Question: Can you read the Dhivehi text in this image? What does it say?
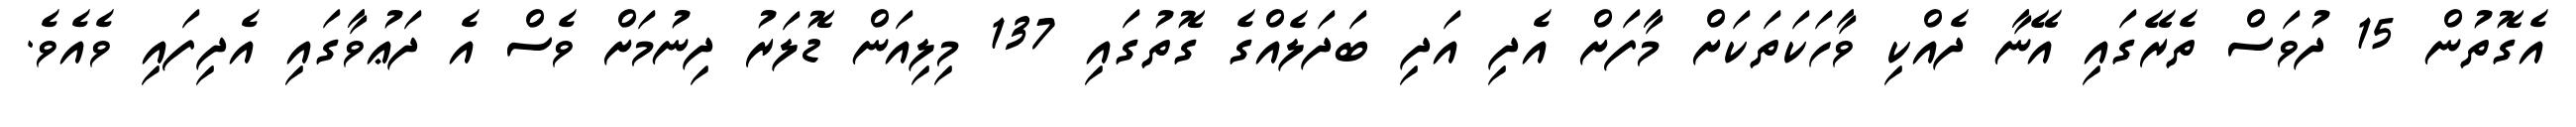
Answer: އެގޮތުން 15 ދުވަސް ތެރޭގައި އޭނާ ދެއްކި ވާހަކަތަކަށް މާފަށް އެދި އަދި ބަދަލެއްގެ ގޮތުގައި 137 މިލިއަން ޑޮލަރު ދިނުމަށް ވެސް އެ ދަޢުވާގައި އެދިފައި ވެއެވެ.